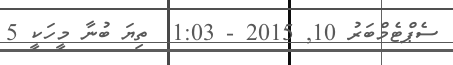
ސެޕްޓެމްބަރު 10